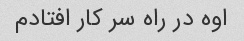
اوه در راه سر کار افتادم